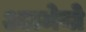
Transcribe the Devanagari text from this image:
अप्रमेयो